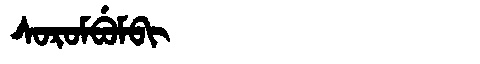
Manchu: ᠰᠣᡵᠣᠮᠪᡠᠮᠪᡳ
Romanization: SOROMBUMBI